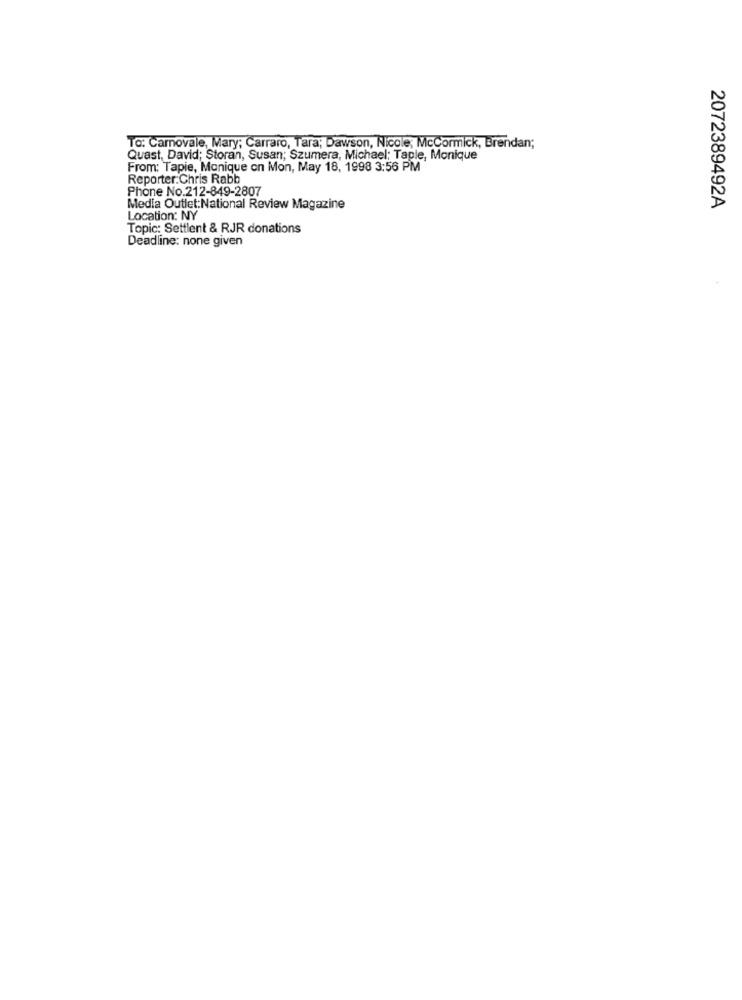
TO: Carnovale, Mary; Carraro, Tara; Dawson, Nicole; McCormick, Brendan;
Quast, David; Storan, Susan; Szumera, Michael; Taple, Monique
From: Tapie, Monique on Mon, May 18, 1998 3:56 PM
Reporter:Chris Rabb
Phone No.212-849-2807
Media Outlet:National Review Magazine
2072389492A
Location: NY
Topic: Settlent & RJR donations
Deadline: none given